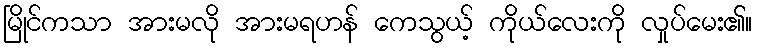
မြိုင်ကသာ အားမလို အားမရဟန် ကေသွယ့် ကိုယ်လေးကို လှုပ်မေး၏။